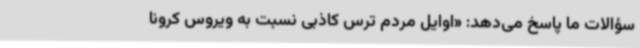
سؤالات ما پاسخ می‌دهد: «اوایل مردم ترس کاذبی نسبت به ویروس کرونا